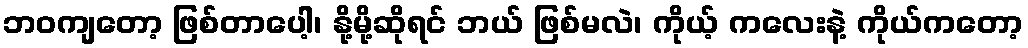
ဘဝကျတော့ ဖြစ်တာပေါ့၊ နို့မို့ဆိုရင် ဘယ် ဖြစ်မလဲ၊ ကိုယ့် ကလေးနဲ့ ကိုယ်ကတော့